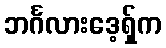
ဘင်္ဂလားဒေ့ရှ်က